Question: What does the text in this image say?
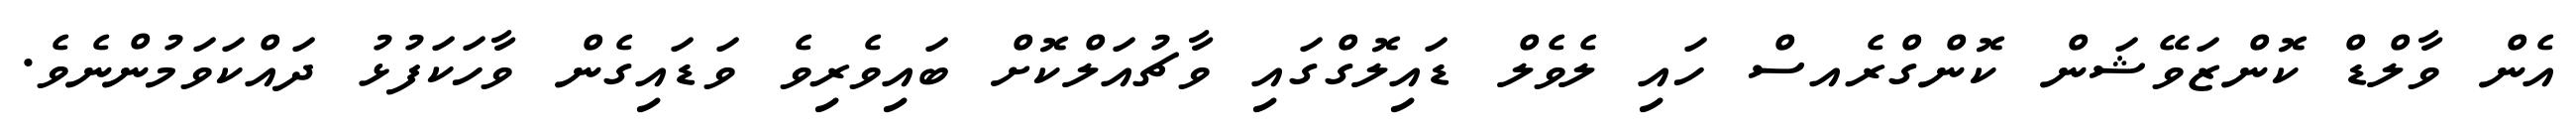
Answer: އެން ވާލްޑް ކޮންޒަވޭޝަން ކޮންގްރެއސް ހައި ލެވެލް ޑައިލޮގްގައި ވާޗުއަލްކޮށް ބައިވެރިވެ ވަޑައިގެން ވާހަކަފުޅު ދައްކަވަމުންނެވެ.